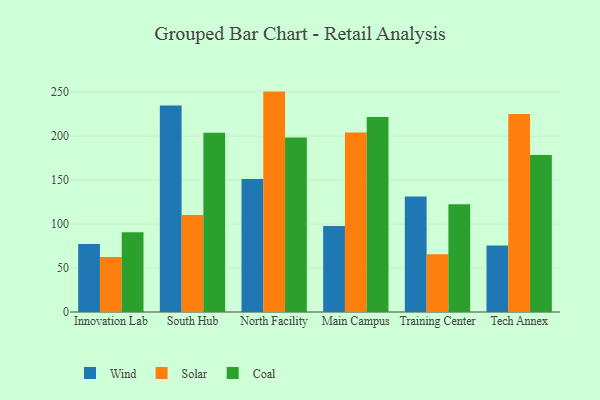
{"axis": {"x": "Campus", "y": "Satisfaction Score"}, "legend": ["Coal", "Solar", "Wind"], "data": [{"x": "Innovation Lab", "y": 77.2, "type": "Wind"}, {"x": "Innovation Lab", "y": 62.4, "type": "Solar"}, {"x": "Innovation Lab", "y": 90.7, "type": "Coal"}, {"x": "South Hub", "y": 234.9, "type": "Wind"}, {"x": "South Hub", "y": 110.3, "type": "Solar"}, {"x": "South Hub", "y": 203.7, "type": "Coal"}, {"x": "North Facility", "y": 151.2, "type": "Wind"}, {"x": "North Facility", "y": 250.6, "type": "Solar"}, {"x": "North Facility", "y": 198.5, "type": "Coal"}, {"x": "Main Campus", "y": 97.7, "type": "Wind"}, {"x": "Main Campus", "y": 204.1, "type": "Solar"}, {"x": "Main Campus", "y": 221.8, "type": "Coal"}, {"x": "Training Center", "y": 131.4, "type": "Wind"}, {"x": "Training Center", "y": 65.6, "type": "Solar"}, {"x": "Training Center", "y": 122.6, "type": "Coal"}, {"x": "Tech Annex", "y": 75.7, "type": "Wind"}, {"x": "Tech Annex", "y": 225.0, "type": "Solar"}, {"x": "Tech Annex", "y": 178.4, "type": "Coal"}]}